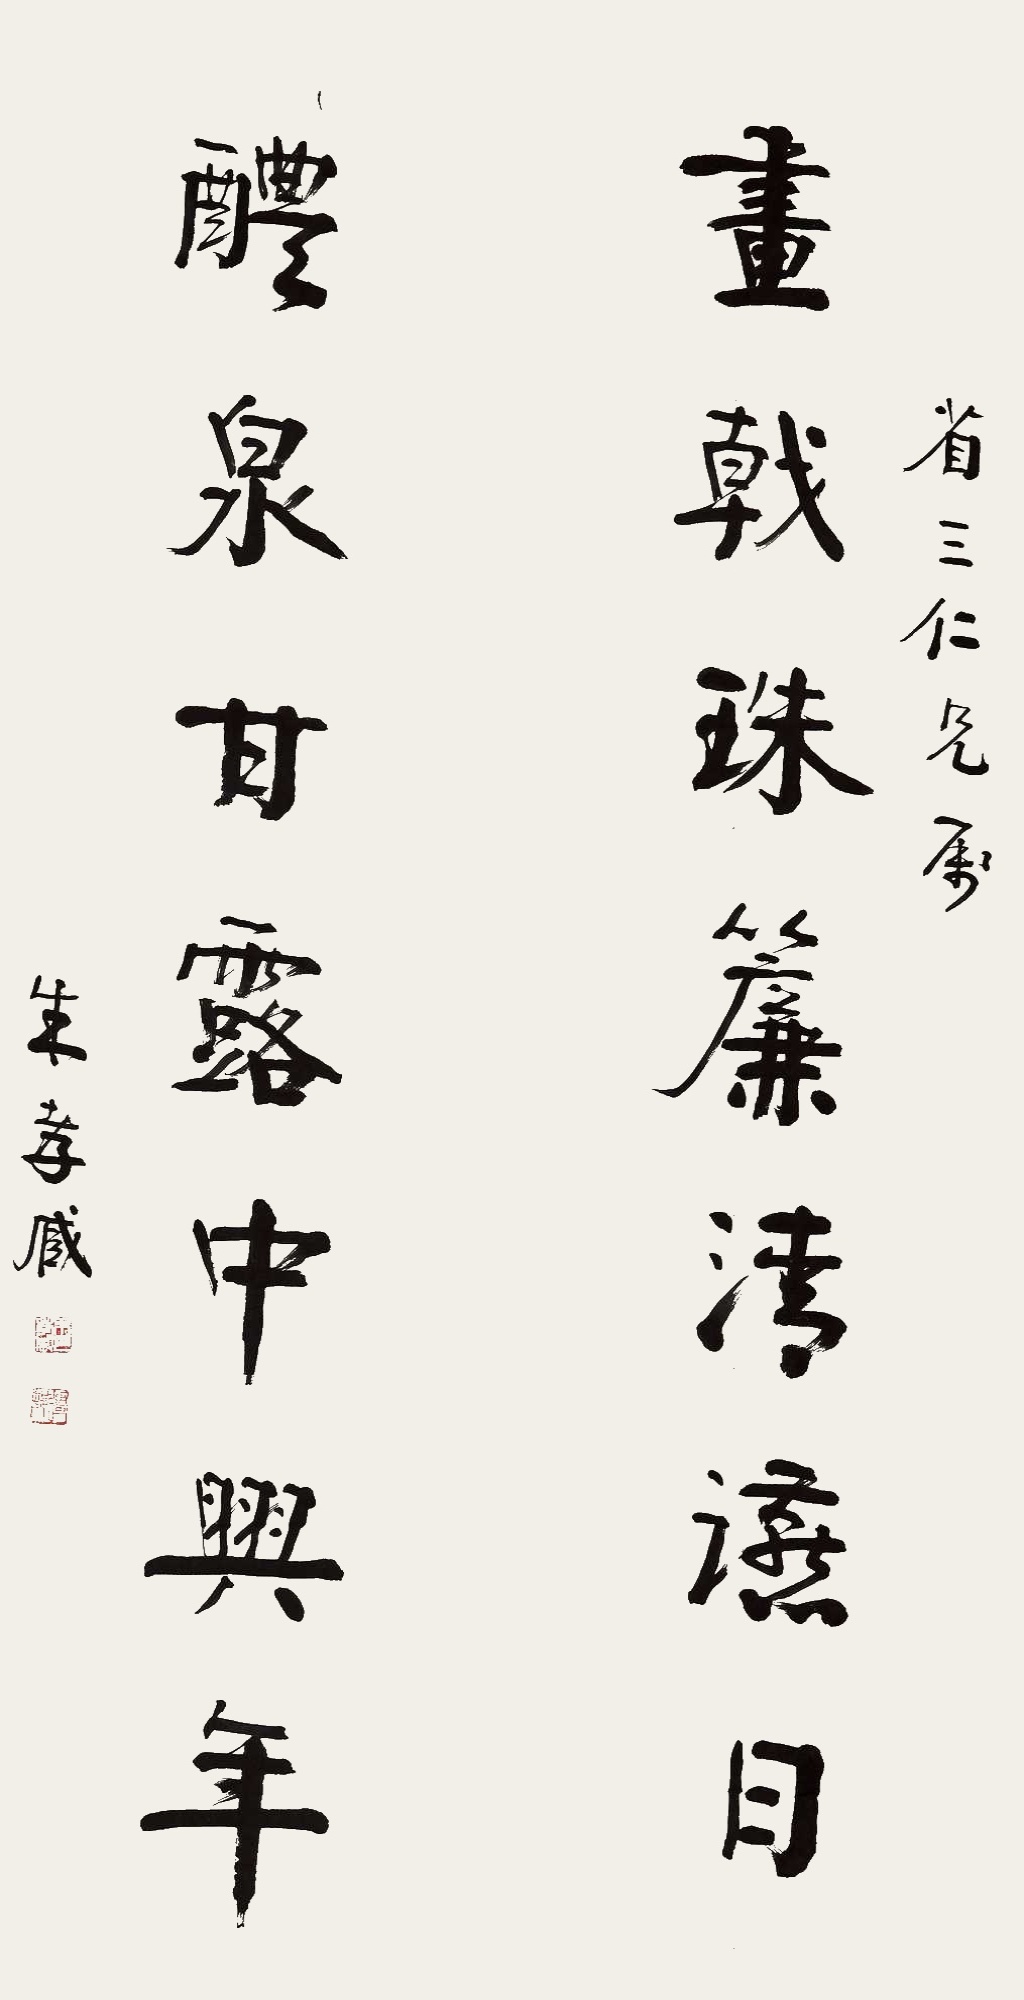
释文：画戟朱帘清䜩日，醴泉甘露中兴年。省三仁兄属，朱孝臧。